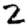
Digit: 2